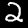
Digit: 2